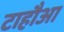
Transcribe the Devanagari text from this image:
टाहौआ